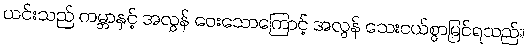
ယင်းသည် ကမ္ဘာနှင့် အလွန် ဝေးသောကြောင့် အလွန် သေးငယ်စွာမြင်ရသည်။